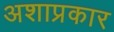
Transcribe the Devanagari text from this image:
अशाप्रकार